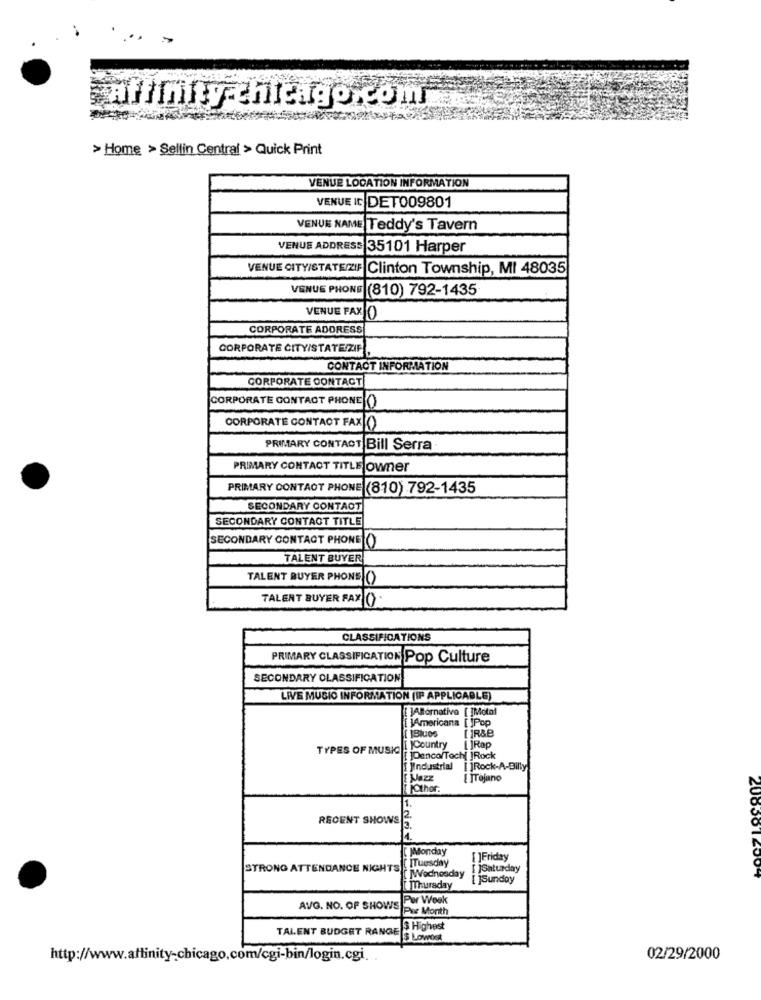
affinity-chicago com
> Home > Sellin Central > Quick Print
VENUE LOCATION INFORMATION
VENUE IC DET009801
VENUE NAME Teddy's Tavern
VENUE ADDRESS 35101 Harper
VENUE CITY/STATE/ZIF Clinton Township, MI 48035
VENUE PHONE (810) 792-1435
VENUE FAX ()
CORPORATE ADDRESS
CORPORATE CITY/STATE/ZIP
CONTACT INFORMATION
CORPORATE CONTACT
CORPORATE CONTACT PHONE ()
CORPORATE CONTACT FAX (
PRIMARY CONTACT Bill Serra
PRIMARY CONTACT TITLE owner
PRIMARY CONTACT PHONE (810) 792-1435
SECONDARY CONTACT
SECONDARY CONTACT TITLE
SECONDARY CONTACT PHONEJO
TALENT BUYER
TALENT BUYER PHONE ()
TALENT BUYER FAX ()
000
CLASSIFICATIONS
PRIMARY CLASSIFICATION Pop Culture
SECONDARY CLASSIFICATION
LIVE MUSIC INFORMATION (IP APPLICABLE)
JABlornativo [ ]Motol
[ 1Americana [ ]Pop
TYPES OF MUSIC
[ ]Country
[Rap
[]Denco/Tech[ ]Rock
Industrial [ ]Rock-A-Billy
Jazz
E TTOjuno
jOther.
RECENT SHOWS
[ WMonday
[ ]Friday
STRONG ATTENDANCE NIGHTS ! Tuesday
[ ]Saturday
[ MWednesday
[ jsunday
ZU05012007
Thursday
Per Week
AVG. NO. OF SHOWS
Per Month
TALENT BUDGET RANGE
$ Highest
5 Lowost
02/29/2000